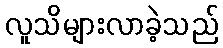
လူသိများလာခဲ့သည်